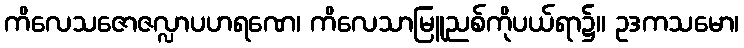
ကိလေသဇောဇလ္လာပဟရဏေ၊ ကိလေသာမြူညစ်ကိုပယ်ရာ၌။ ဥဒကသမော၊